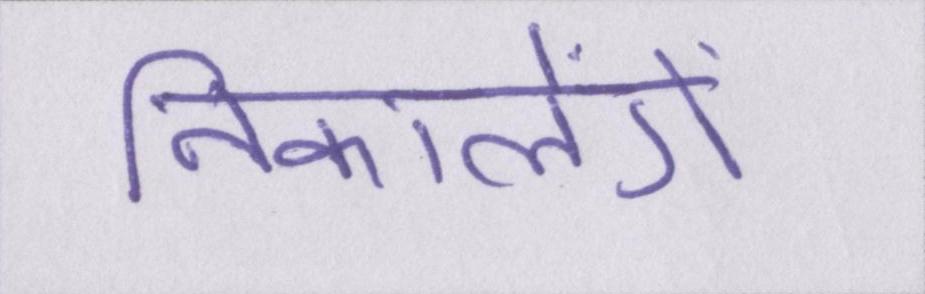
निकालेंगे